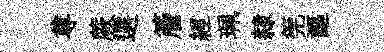
尊蕨選簷經珮隸筦謳